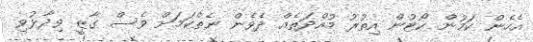
އެހެން ކަމުން ކޯޓުން އިތުރު މުއްދަތެއް ދެވެން ނެތްކަމަށް ވެސް ގާޒީ ވިދާޅުވި